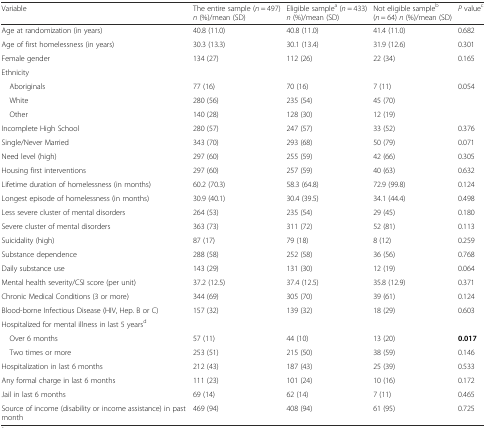
<table><thead><tr><td><b>Variable</b></td><td><b>The entire sample (<i>n</i> = 497) <i>n</i> (%)/mean (SD)</b></td><td><b>Eligible sample<sup>a</sup> (<i>n</i> = 433) <i>n</i> (%)/mean (SD)</b></td><td><b>Not eligible sample<sup>b</sup> (<i>n</i> = 64) <i>n</i> (%)/mean (SD)</b></td><td><b><i>P</i> value<sup>c</sup></b></td></tr></thead><tbody><tr><td>Age at randomization (in years)</td><td>40.8 (11.0)</td><td>40.8 (11.0)</td><td>41.4 (11.0)</td><td>0.682</td></tr><tr><td>Age of first homelessness (in years)</td><td>30.3 (13.3)</td><td>30.1 (13.4)</td><td>31.9 (12.6)</td><td>0.301</td></tr><tr><td>Female gender</td><td>134 (27)</td><td>112 (26)</td><td>22 (34)</td><td>0.165</td></tr><tr><td colspan="5">Ethnicity</td></tr><tr><td> Aboriginals</td><td>77 (16)</td><td>70 (16)</td><td>7 (11)</td><td>0.054</td></tr><tr><td> White</td><td>280 (56)</td><td>235 (54)</td><td>45 (70)</td><td></td></tr><tr><td> Other</td><td>140 (28)</td><td>128 (30)</td><td>12 (19)</td><td></td></tr><tr><td>Incomplete High School</td><td>280 (57)</td><td>247 (57)</td><td>33 (52)</td><td>0.376</td></tr><tr><td>Single/Never Married</td><td>343 (70)</td><td>293 (68)</td><td>50 (79)</td><td>0.071</td></tr><tr><td>Need level (high)</td><td>297 (60)</td><td>255 (59)</td><td>42 (66)</td><td>0.305</td></tr><tr><td>Housing first interventions</td><td>297 (60)</td><td>257 (59)</td><td>40 (63)</td><td>0.632</td></tr><tr><td>Lifetime duration of homelessness (in months)</td><td>60.2 (70.3)</td><td>58.3 (64.8)</td><td>72.9 (99.8)</td><td>0.124</td></tr><tr><td>Longest episode of homelessness (in months)</td><td>30.9 (40.1)</td><td>30.4 (39.5)</td><td>34.1 (44.4)</td><td>0.498</td></tr><tr><td>Less severe cluster of mental disorders</td><td>264 (53)</td><td>235 (54)</td><td>29 (45)</td><td>0.180</td></tr><tr><td>Severe cluster of mental disorders</td><td>363 (73)</td><td>311 (72)</td><td>52 (81)</td><td>0.113</td></tr><tr><td>Suicidality (high)</td><td>87 (17)</td><td>79 (18)</td><td>8 (12)</td><td>0.259</td></tr><tr><td>Substance dependence</td><td>288 (58)</td><td>252 (58)</td><td>36 (56)</td><td>0.768</td></tr><tr><td>Daily substance use</td><td>143 (29)</td><td>131 (30)</td><td>12 (19)</td><td>0.064</td></tr><tr><td>Mental health severity/CSI score (per unit)</td><td>37.2 (12.5)</td><td>37.4 (12.5)</td><td>35.8 (12.9)</td><td>0.371</td></tr><tr><td>Chronic Medical Conditions (3 or more)</td><td>344 (69)</td><td>305 (70)</td><td>39 (61)</td><td>0.124</td></tr><tr><td>Blood-borne Infectious Disease (HIV, Hep. B or C)</td><td>157 (32)</td><td>139 (32)</td><td>18 (29)</td><td>0.603</td></tr><tr><td colspan="5">Hospitalized for mental illness in last 5 years<sup>d</sup></td></tr><tr><td> Over 6 months</td><td>57 (11)</td><td>44 (10)</td><td>13 (20)</td><td><b>0.017</b></td></tr><tr><td> Two times or more</td><td>253 (51)</td><td>215 (50)</td><td>38 (59)</td><td>0.146</td></tr><tr><td>Hospitalization in last 6 months</td><td>212 (43)</td><td>187 (43)</td><td>25 (39)</td><td>0.533</td></tr><tr><td>Any formal charge in last 6 months</td><td>111 (23)</td><td>101 (24)</td><td>10 (16)</td><td>0.172</td></tr><tr><td>Jail in last 6 months</td><td>69 (14)</td><td>62 (14)</td><td>7 (11)</td><td>0.465</td></tr><tr><td>Source of income (disability or income assistance) in past month</td><td>469 (94)</td><td>408 (94)</td><td>61 (95)</td><td>0.725</td></tr></tbody></table>